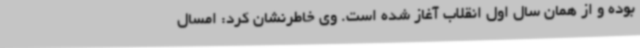
بوده و از همان سال اول انقلاب آغاز شده است. وی خاطرنشان کرد: امسال